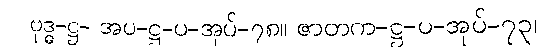
ဗုဒ္ဓ-ဋ္ဌ- အပ-ဋ္ဌ-ပ-အုပ်-၇၈။ ဇာတက-ဋ္ဌ-ပ-အုပ်-၇၃၊